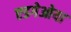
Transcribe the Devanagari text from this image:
एडगेओया